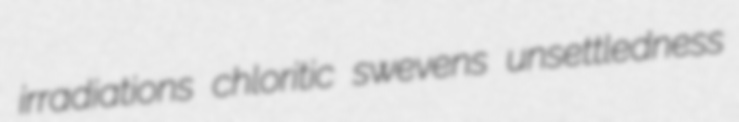
irradiations chloritic swevens unsettledness